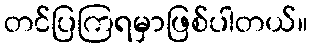
တင်ပြကြရမှာဖြစ်ပါတယ်။